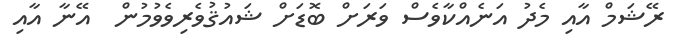
ރޭޝަމް އާއި މެދު އަނެއްކާވެސް ވަރަށް ބޮޑަށް ޝައުޤުވެރިވެވުމުން  އޭނާ އާއި